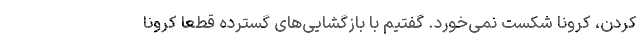
کردن، کرونا شکست نمی‌خورد. گفتیم با بازگشایی‌های گسترده قطعا کرونا